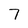
Character: 7